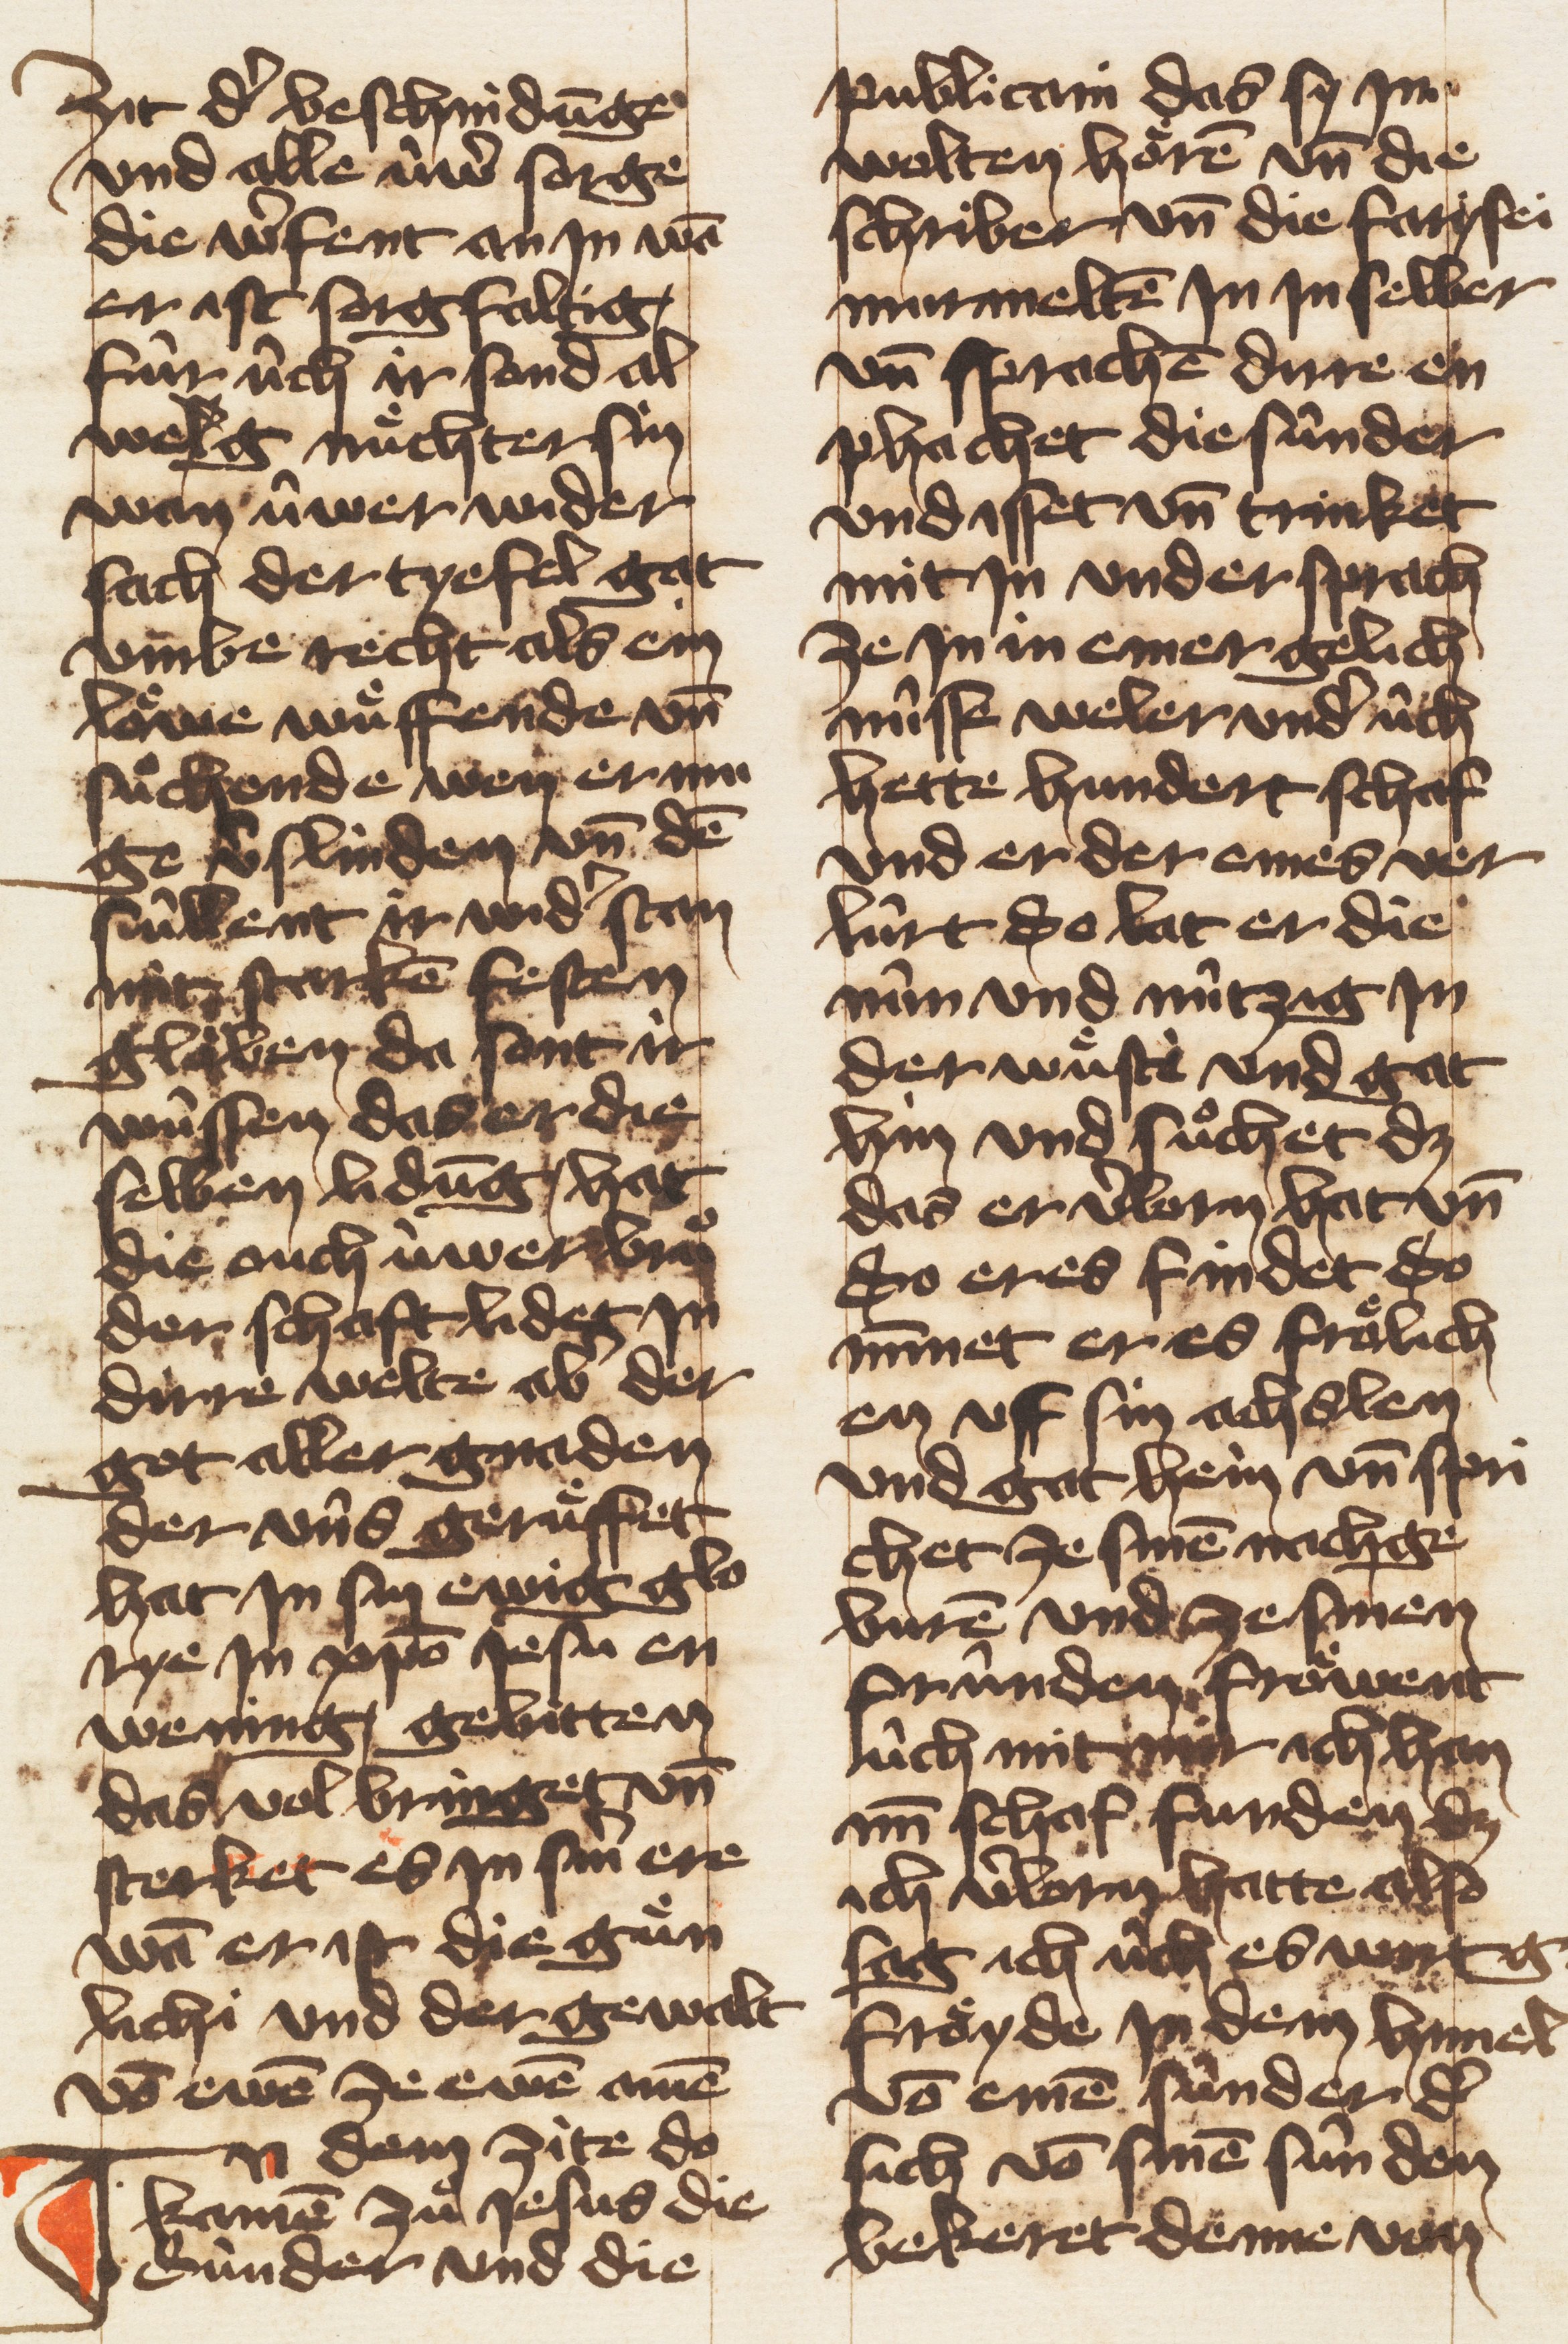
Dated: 1405–1435